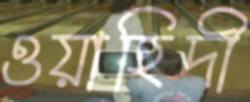
ওয়াহিদী